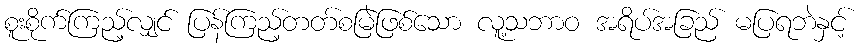
စူးစိုက်ကြည့်လျှင် ပြန်ကြည့်တတ်စမြဲဖြစ်သော လူ့သဘာဝ အရိပ်အခြည် မပြရဘဲနှင့်